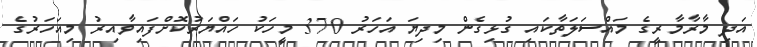
އަދި މާރާމާރީގެ މައްސަލަތާކައި ގުޅިގެން މިދިޔަ އަހަރު 370 މީހަކު ހައްޔަރުކޮށްފައިވާއިރު މިއަހަރުގެ